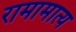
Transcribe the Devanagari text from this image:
रामामात्य